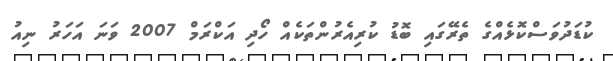
ކުޑަދުވަސްކޮޅެއްގެ ތެރޭގައި ބޮޑު ކުރިއެރުންތަކެއް ހޯދި އަކްރަމް 2007 ވަނަ އަހަރު ނިއު